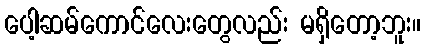
ပေါ့ဆမ်ကောင်လေးတွေလည်း မရှိတော့ဘူး။